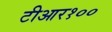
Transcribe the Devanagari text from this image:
टीआर१००